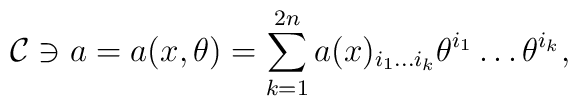
{\cal C}\ni a=a(x,\theta )=\sum\limits_{k=1}^{2n}a(x)_{i_1\ldots i_k}\theta^{i_1}\ldots \theta ^{i_k},